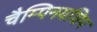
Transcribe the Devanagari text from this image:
चैम्पिनयशिप